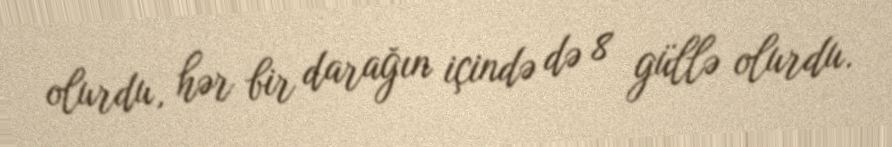
olurdu, hər bir darağın içində də 8 güllə olurdu.